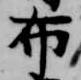
布